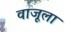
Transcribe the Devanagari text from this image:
वाजूला